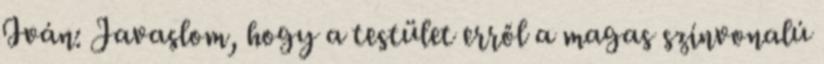
Iván: Javaslom, hogy a testület erről a magas színvonalú